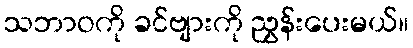
သဘာဝကို ခင်ဗျားကို ညွှန်းပေးမယ်။